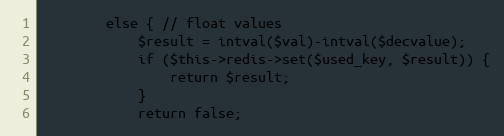
Language: PHP
        else { // float values
            $result = intval($val)-intval($decvalue);
            if ($this->redis->set($used_key, $result)) {
                return $result;
            }
            return false;